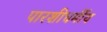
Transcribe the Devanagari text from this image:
पारशीधर्मीय